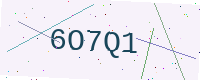
Text: 6O7Q1